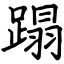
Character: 蹋